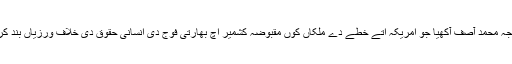
23 ستمبر (اے پی پی) وزیرخارجہ خواجہ محمد آصف آکھیا جو امریکہ اتے خطے دے ملکاں کوں مقبوضہ کشمیر اچ بھارتی فوج دی انسانی حقوق دی خلاف ورزیاں بند کراونڑ اچ آپنڑاں کردار نبھاونڑاں چاہیدے۔